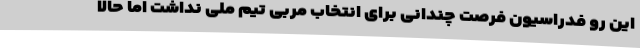
این رو فدراسیون فرصت چندانی برای انتخاب مربی تیم ملی نداشت اما حالا